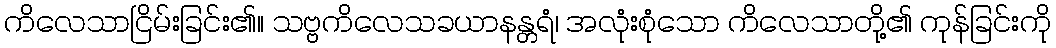
ကိလေသာငြိမ်းခြင်း၏။ သဗ္ဗကိလေသခယာနန္တရံ၊ အလုံးစုံသော ကိလေသာတို့၏ ကုန်ခြင်းကို